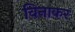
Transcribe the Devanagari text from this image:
विनाकर